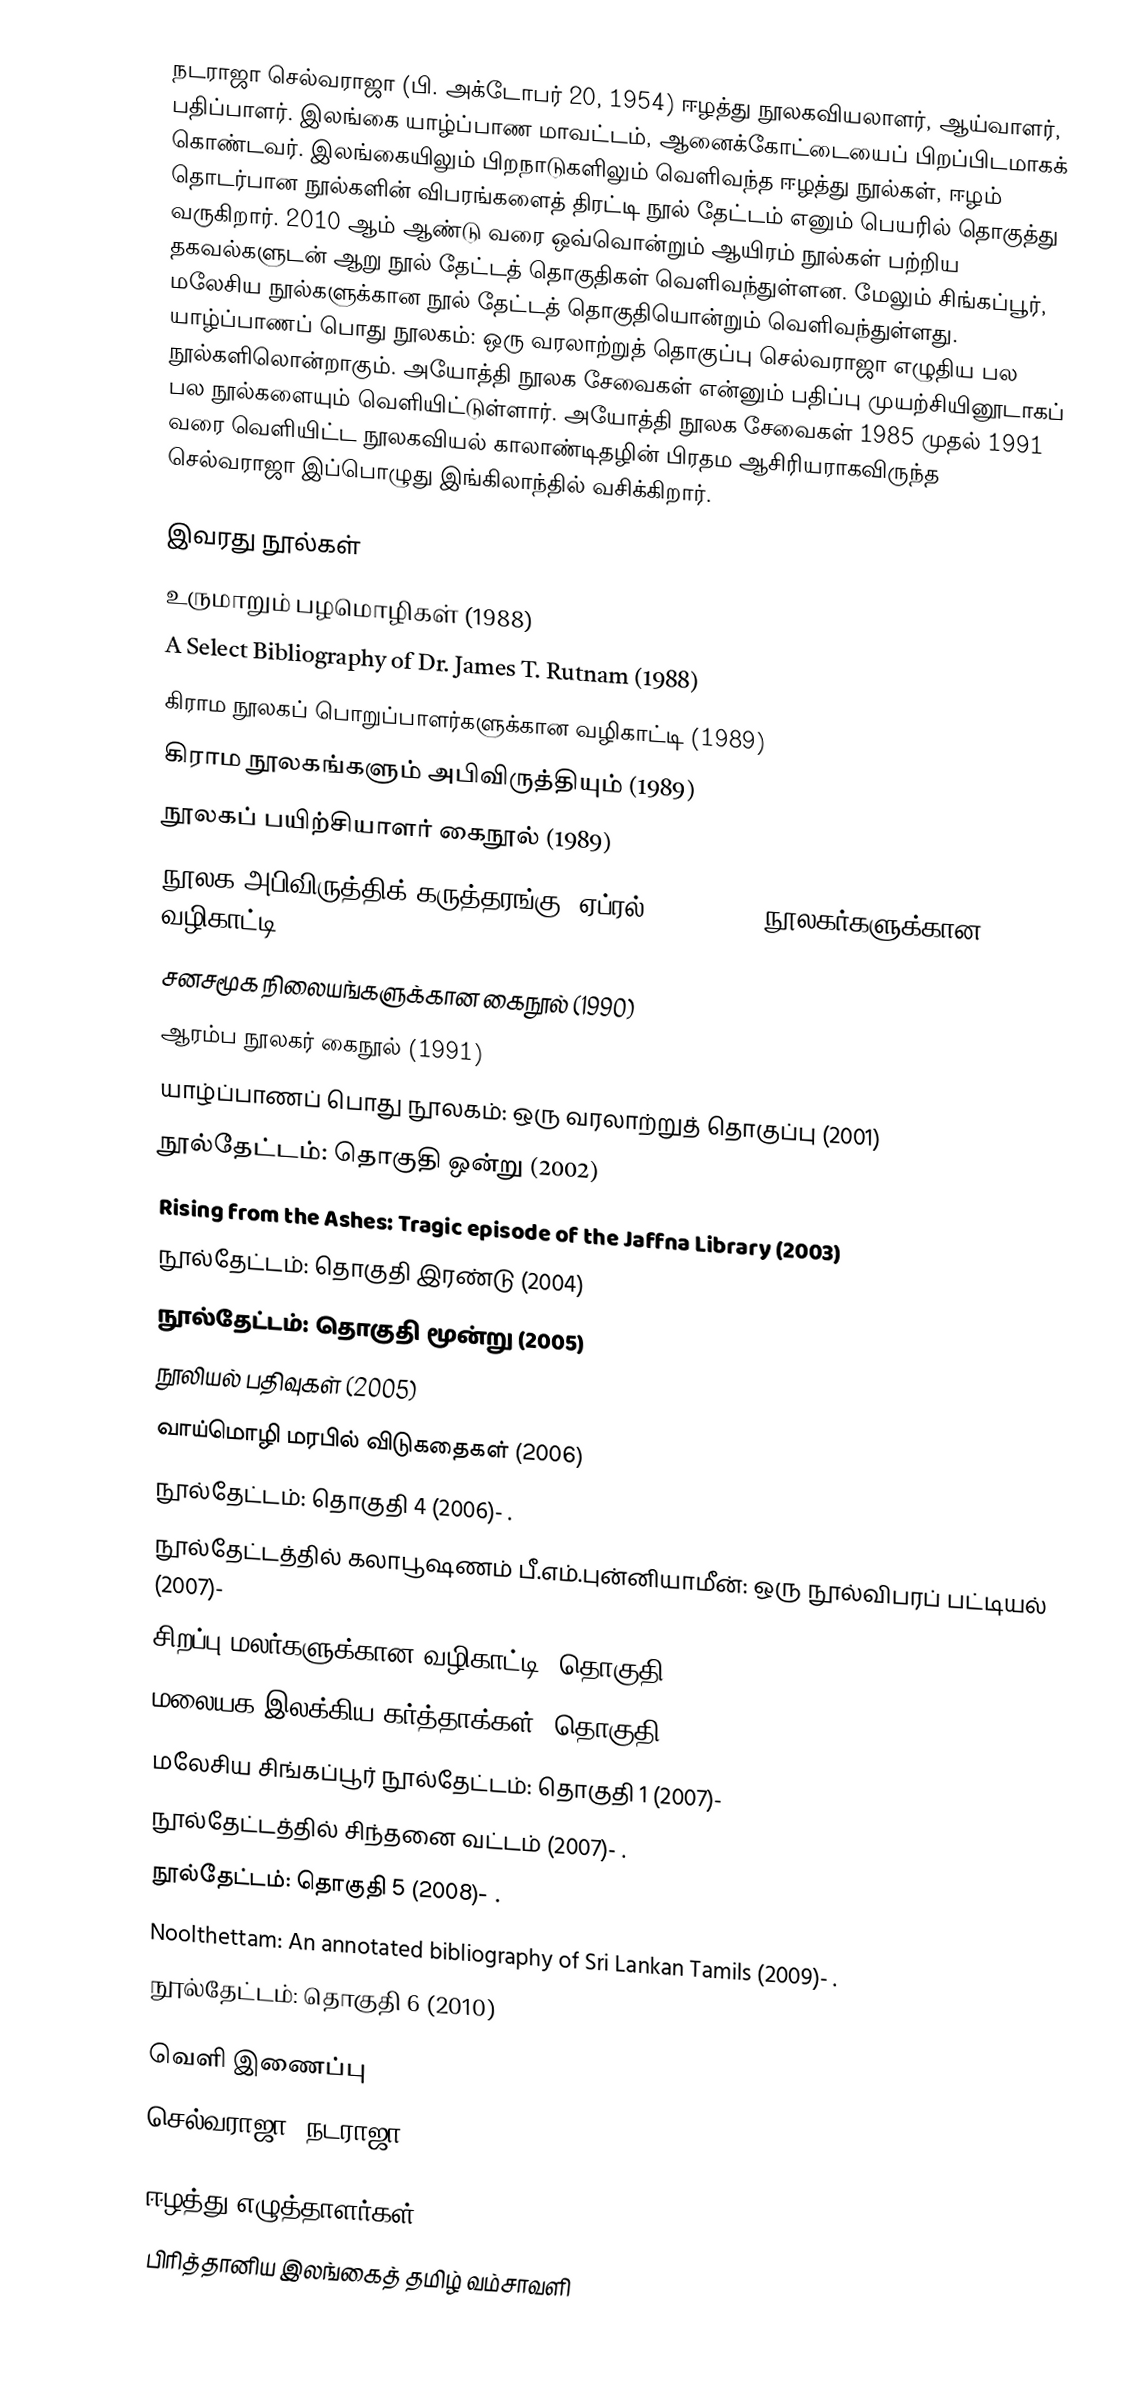
நடராஜா செல்வராஜா (பி. அக்டோபர் 20, 1954) ஈழத்து நூலகவியலாளர், ஆய்வாளர், பதிப்பாளர். இலங்கை யாழ்ப்பாண மாவட்டம், ஆனைக்கோட்டையைப் பிறப்பிடமாகக் கொண்டவர். இலங்கையிலும் பிறநாடுகளிலும் வெளிவந்த ஈழத்து நூல்கள், ஈழம் தொடர்பான நூல்களின் விபரங்களைத் திரட்டி நூல் தேட்டம் எனும் பெயரில் தொகுத்து வருகிறார். 2010 ஆம் ஆண்டு வரை ஒவ்வொன்றும் ஆயிரம் நூல்கள் பற்றிய தகவல்களுடன் ஆறு நூல் தேட்டத் தொகுதிகள் வெளிவந்துள்ளன. மேலும் சிங்கப்பூர், மலேசிய நூல்களுக்கான நூல் தேட்டத் தொகுதியொன்றும் வெளிவந்துள்ளது. யாழ்ப்பாணப் பொது நூலகம்: ஒரு வரலாற்றுத் தொகுப்பு செல்வராஜா எழுதிய பல நூல்களிலொன்றாகும். அயோத்தி நூலக சேவைகள் என்னும் பதிப்பு முயற்சியினூடாகப் பல நூல்களையும் வெளியிட்டுள்ளார். அயோத்தி நூலக சேவைகள் 1985 முதல் 1991 வரை வெளியிட்ட நூலகவியல் காலாண்டிதழின் பிரதம ஆசிரியராகவிருந்த செல்வராஜா இப்பொழுது இங்கிலாந்தில் வசிக்கிறார்.

இவரது நூல்கள்
 உருமாறும் பழமொழிகள் (1988)
 A Select Bibliography  of  Dr. James T. Rutnam (1988)
 கிராம நூலகப் பொறுப்பாளர்களுக்கான வழிகாட்டி (1989)
 கிராம நூலகங்களும் அபிவிருத்தியும் (1989)
 நூலகப் பயிற்சியாளர் கைநூல் (1989)
 நூலக அபிவிருத்திக் கருத்தரங்கு, ஏப்ரல் 6-8, 1990: நூலகர்களுக்கான வழிகாட்டி (1990)
 சனசமூக நிலையங்களுக்கான கைநூல் (1990)
 ஆரம்ப நூலகர் கைநூல் (1991)
 யாழ்ப்பாணப் பொது நூலகம்: ஒரு வரலாற்றுத் தொகுப்பு (2001)
 நூல்தேட்டம்: தொகுதி ஒன்று (2002)
 Rising from the Ashes: Tragic episode of the Jaffna Library (2003)
 நூல்தேட்டம்: தொகுதி இரண்டு (2004)
 நூல்தேட்டம்: தொகுதி மூன்று (2005)
 நூலியல் பதிவுகள் (2005)
 வாய்மொழி மரபில் விடுகதைகள் (2006)
 நூல்தேட்டம்: தொகுதி 4 (2006)- .
 நூல்தேட்டத்தில் கலாபூஷணம் பீ.எம்.புன்னியாமீன்: ஒரு நூல்விபரப் பட்டியல் (2007)-
 சிறப்பு மலர்களுக்கான வழிகாட்டி: தொகுதி 1 (2007)- .
 மலையக இலக்கிய கர்த்தாக்கள்: தொகுதி 1 (2007)
 மலேசிய சிங்கப்பூர் நூல்தேட்டம்: தொகுதி 1 (2007)-
 நூல்தேட்டத்தில் சிந்தனை வட்டம் (2007)- .
 நூல்தேட்டம்: தொகுதி 5 (2008)- .
 Noolthettam: An annotated bibliography of Sri Lankan Tamils (2009)- .
 நூல்தேட்டம்: தொகுதி 6 (2010)

வெளி இணைப்பு
 செல்வராஜா, நடராஜா

ஈழத்து எழுத்தாளர்கள்
பிரித்தானிய இலங்கைத் தமிழ் வம்சாவளி